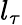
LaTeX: l_{\tau}